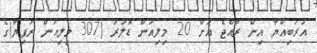
އަރަބިއްޔާ އިން ރާއްޖެ އަށް 20 މިލިއަން ޑޮލަރު (307 މިލިއަން ރުފިޔާ)ގެ